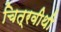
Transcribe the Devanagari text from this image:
चित्रवीथी